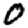
Digit: 0